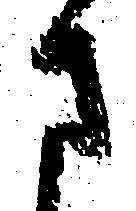
さ